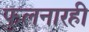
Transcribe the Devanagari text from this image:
फुलनारही